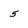
Character: 5